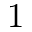
1